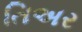
તિઅર